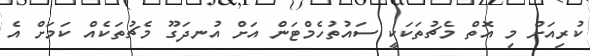
ކުރިއަށް މި އޮތް މެޗުތަކަކީ ސައުތުހެމްޓަން އަށް އުނދަގޫ މެޗުތަކެއް ކަމަށް އެ